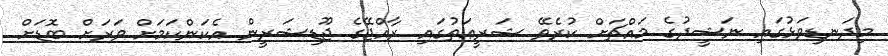
މިދަނޑިވަޅުގައި ނަޝީދުގެ މައްޗަށް ކުރެވޭ ޝަރީޢަތުގައި ރާއްޖޭގެ ޖޫޑިޝަރީން އެކަންކަމަށް ވަރަށް ބޮޑަށް